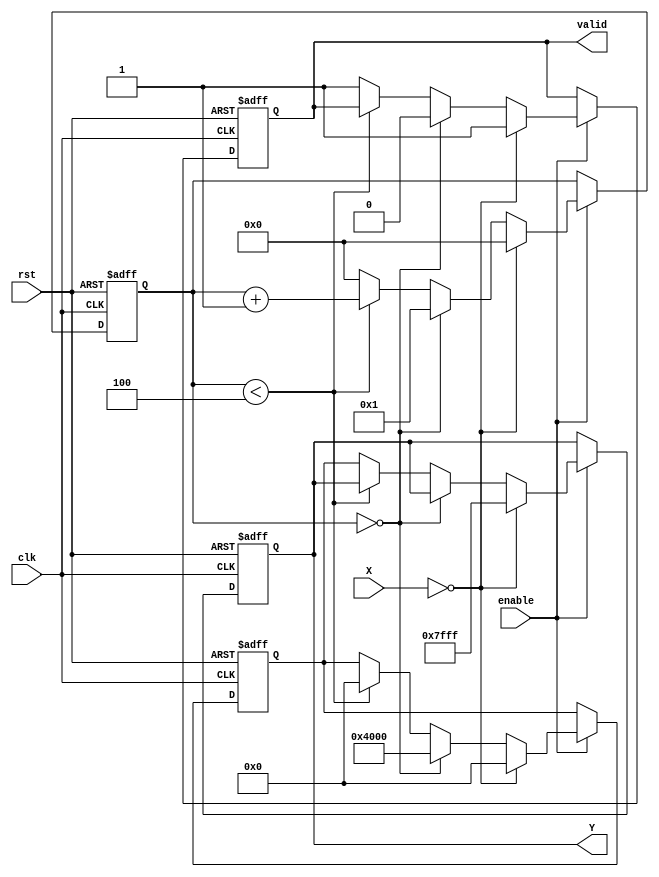
module binary_fractional_reciprocal #(
    parameter N = 16 // Width of the input and output
)(
    input wire clk,          // Clock signal
    input wire rst,          // Reset signal
    input wire enable,       // Enable signal
    input wire [N-1:0] X,    // Input data (fixed-point binary fractional)
    output reg [N-1:0] Y,    // Output data (reciprocal)
    output reg valid         // Output valid signal
);

    // Internal signals
    reg [N-1:0] approx;      // Approximation of the reciprocal
    reg [N-1:0] temp;        // Temporary variable for calculations
    reg [3:0] count;         // Iteration counter

    // Constants
    localparam MAX_VALUE = {1'b0, {N-1{1'b1}}}; // Maximum value for N bits

    // State machine for reciprocal calculation
    always @(posedge clk or posedge rst) begin
        if (rst) begin
            Y <= 0;
            valid <= 0;
            approx <= 0;
            count <= 0;
        end else if (enable) begin
            if (X == 0) begin
                // Handle division by zero
                Y <= MAX_VALUE; // or some defined error code
                valid <= 1;
                approx <= 0;
                count <= 0;
            end else begin
                // Initialize approximation
                if (count == 0) begin
                    approx <= {1'b1, {N-2{1'b0}}}; // Initial guess (1.0)
                    count <= 1;
                    valid <= 0;
                end else if (count < 4) begin
                    // Newton-Raphson iteration
                    temp = approx * (2**N - X * approx); // temp = approx * (2^N - X * approx)
                    approx <= temp >> N; // Shift right to maintain fixed-point
                    count <= count + 1;
                end else begin
                    // Final output after iterations
                    Y <= approx;
                    valid <= 1;
                    count <= 0; // Reset counter for next operation
                end
            end
        end
    end

endmodule